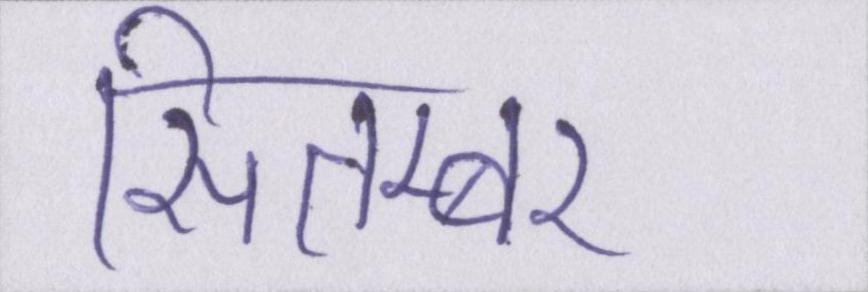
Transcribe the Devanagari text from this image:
सितम्बर